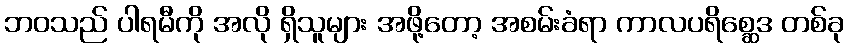
ဘဝသည် ပါရမီကို အလို ရှိသူများ အဖို့တော့ အစမ်းခံရာ ကာလပရိစ္ဆေဒ တစ်ခု